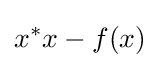
x^{*}x-f(x)